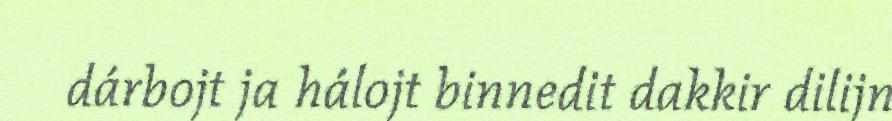
dárbojt ja hálojt binnedit dakkir dilijn